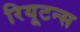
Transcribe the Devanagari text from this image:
रियूटन्स